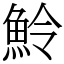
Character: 魿